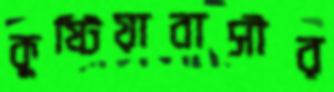
কুষ্টিয়াবাসীর